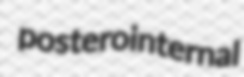
posterointernal